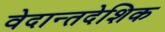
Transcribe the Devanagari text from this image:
वेदान्तदेशिक